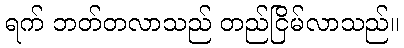
ရက် ဘတ်တလာသည် တည်ငြိမ်လာသည်။